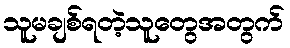
သူမချစ်ရတဲ့သူတွေအတွက်